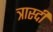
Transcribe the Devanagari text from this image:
त्रास्दी